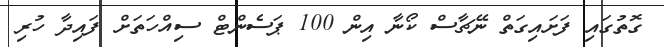
ގޮތުގައި ފަށައިގަތް ނޭޗާސް ކޯނާ އިން 100 ޕަސެންޓް ސިއްހަތަށް ފައިދާ ހުރި